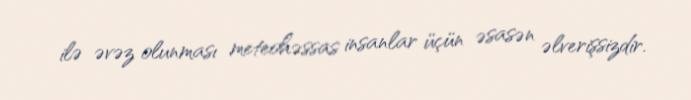
ilə əvəz olunması meteohəssas insanlar üçün əsasən əlverişsizdir.